Annual report on the working of the mental hospitals in the Madras Presidency - 1912-1932
Year: 1912
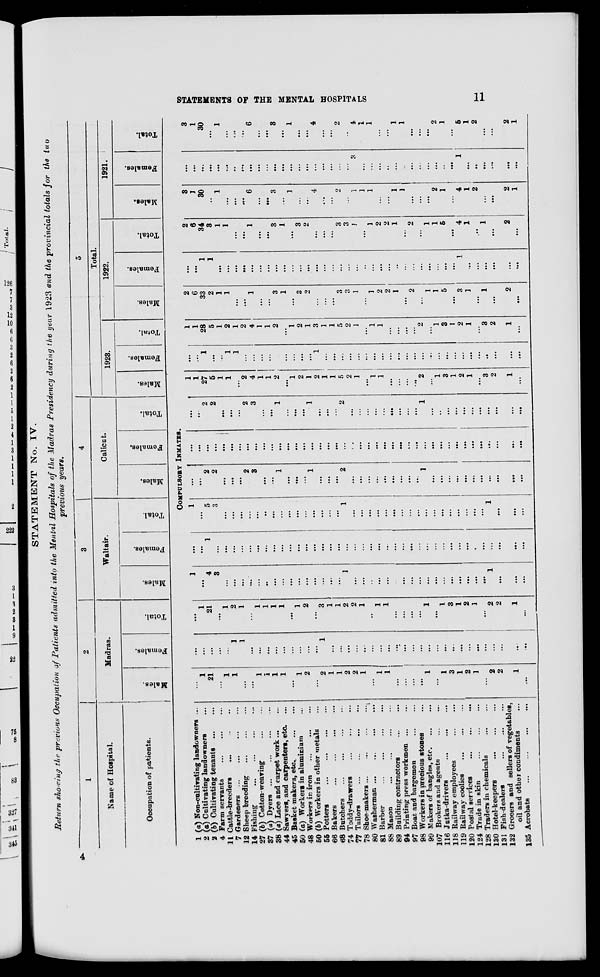
STATEMENTS OF THE MENTAL HOSPITALS
11
STATEMENT No. IV.
Return showing the previous Occupation of Patients admitted into the Mental Hospitals of the Madras Presidency during the year 1923 and the provincial totals for the two
previous years.
1
Name of Hospital.
Occupation of Patients.
2
Madras.
Males.
Females.
Total.
3
Waltair.
Males.
Females.
Total.
4
Calicut.
Males.
Females.
Total.
5
Total.
1923.
Males.
Females.
Total.
1922.
Males.
Females.
Total.
1921.
Males.
Females.
Total.
COMPULSORY INMATES.
1 (a) Non-cultivating landowners ...
2 (a) Cultivating landowners ...
2 (b) Cultivating tenants ... ...
4 Farm servants
... ... ...
11 Cattle-breeders ... ... ...
7 Gardeners
...
...
...
...
12 Sheep breeding
...
...
...
14 Fishing
...
...
...
...
27 (b) Cotton-weaving
...
...
37 (a) Dyers
...
...
...
...
38 (a) Lace and carpet work ... ...
44 Sawyers, and carpenters, etc. ...
45 Basket makers, etc.
...
...
50 (a) Workers in aluminium ...
48 Workers in iron ...
...
...
50 (b) Workers in other metals ...
55 Potters ... ... ...
66 Bakers ... ... ... ...
68 Butchers
...
...
...
...
74 Toddy-drawers
...
...
...
77 Tailors
...
...
...
...
78 Shoe-makers ... ... ... ...
80 Washerman
...
...
...
...
81 Barber
...
...
...
...
88 Mason
...
...
...
...
89 Building contractors ... ...
94 Printing press workmen ... ...
97 Boat and bargemen ... ...
98 Workers in precious stones ...
99 Makers of bangles, etc. ... ...
107 Brokers and agents ... ...
116 Jutka-drivers ... ... ...
118 Railway employees ... ...
119 Railway coolies ... ... ...
120 Postal services
...
...
...
124 Trade in skin
...
...
...
128 Traders in chemicals
...
...
130 Hotel-keepers ... ... ...
131 Fish-dealers
...
...
...
132 Grocers and sellers of vegetables,
oil and other condiments ...
135 Acrobats ... ... ... ...
...
1
21
...
1
1
...
...
1
1
1
1
...
1
2
...
2
1
1
2
2
1
...
1
1
...
...
...
...
1
...
1
3
1
2
1
...
2
2
1
...
...
...
...
...
...
1
1
...
...
...
...
...
...
...
...
...
1
...
...
...
...
...
...
...
...
...
...
...
...
...
...
...
...
...
...
...
...
...
...
...
...
...
1
21
...
1
2
1
...
1
1
1
1
...
1
2
...
3
1
1
2
2
1
...
1
1
...
...
...
...
1
...
1
3
1
2
1
...
2
2
1
...
1
...
4
3
...
...
...
...
...
...
...
...
...
...
...
...
...
...
...
1
...
...
...
...
...
...
...
...
...
...
...
...
...
...
...
...
...
1
...
...
...
...
...
1
...
...
...
...
...
...
...
...
...
...
...
...
...
...
...
...
...
...
...
...
...
...
...
...
...
...
...
...
...
...
...
...
...
...
...
...
...
...
1
...
5
3
...
...
...
...
...
...
...
...
...
...
...
...
...
...
...
1
...
...
...
...
...
...
...
...
...
...
...
...
...
...
...
...
...
1
...
...
...
...
...
2
2
...
...
...
2
3
...
...
1
...
...
...
1
...
...
...
2
...
...
...
...
...
...
...
...
...
1
...
...
...
...
...
...
...
...
...
...
...
...
...
...
...
...
...
...
...
...
...
...
...
...
...
...
...
...
...
...
...
...
...
...
...
...
...
...
...
...
...
...
...
...
...
...
...
...
...
...
...
...
...
...
2
2
...
...
...
2
3
...
...
1
...
...
...
1
...
...
...
2
...
...
...
...
...
...
...
...
...
1
...
...
...
...
...
...
...
...
...
...
...
1
1
27
5
1
1
...
2
4
1
1
2
...
1
2
1
2
1
1
5
2
1
...
1
1
...
...
...
...
2
...
1
3
1
2
1
...
3
2
1
...
...
...
1
...
...
1
1
...
...
...
...
...
...
...
...
...
1
...
...
...
...
...
...
...
...
...
...
...
...
...
...
...
...
...
...
...
...
...
...
...
...
1
1
28
5
1
2
1
2
4
1
1
2
...
1
2
1
3
1
1
5
2
1
...
1
1
...
...
...
...
2
...
1
3
1
2
1
...
3
2
1
...
2
6
33
2
1
1
...
...
1
...
...
3
1
...
3
2
...
...
...
3
3
1
...
1
2
2
1
...
2
...
1
1
5
...
3
1
...
1
...
2
...
...
...
1
1
...
...
...
...
...
...
...
...
...
...
...
...
...
...
...
...
...
...
...
...
...
...
..
...
...
...
...
...
...
...
1
...
...
...
...
...
...
2
6
34
3
1
1
...
...
1
...
...
3
1
...
3
2
...
...
...
3
3
1
...
1
2
2
1
...
2
...
1
1
5
...
4
1
...
1
...
2
...
3
1
30
...
1
...
...
...
6
...
...
3
...
1
...
...
4
...
...
2
...
1
1
1
...
...
1
1
...
...
...
2
1
...
4
1
2
...
...
2
1
...
...
...
...
...
...
...
...
...
...
...
...
...
...
...
...
...
...
...
...
...
3
...
...
...
...
...
...
...
...
...
...
..
...
1
...
...
...
...
...
...
3
1
30
...
1
...
...
...
6
...
...
3
...
1
...
...
4
...
...
2
...
4
1
1
...
...
1
1
...
...
...
2
1
...
5
1
2
...
...
2
1